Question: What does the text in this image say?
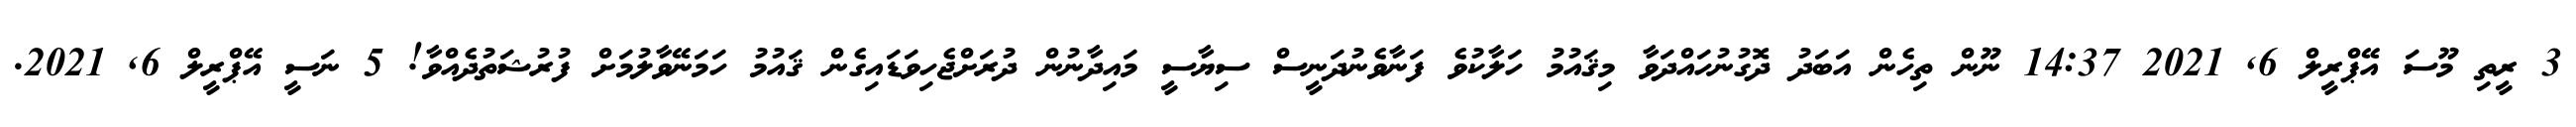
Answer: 3 ރީތި މޫސަ އޭޕްރީލް 6, 2021 14:37 ނޫން ތިހެން އަބަދު ދޮގުނުހައްދަވާ މިޤައުމު ހަލާކުވެ ފަނާވެނުދަނީސް ސިޔާސީ މައިދާނުން ދުރަށްޖެހިވަޑައިގެން ޤައުމު ހަމަނޭވާލުމަށް ފުރުޝަތުދެއްވާ! 5 ނަސީ އޭޕްރީލް 6, 2021.